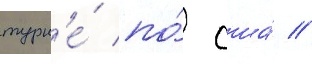
турн'е́ по́ сша́ //